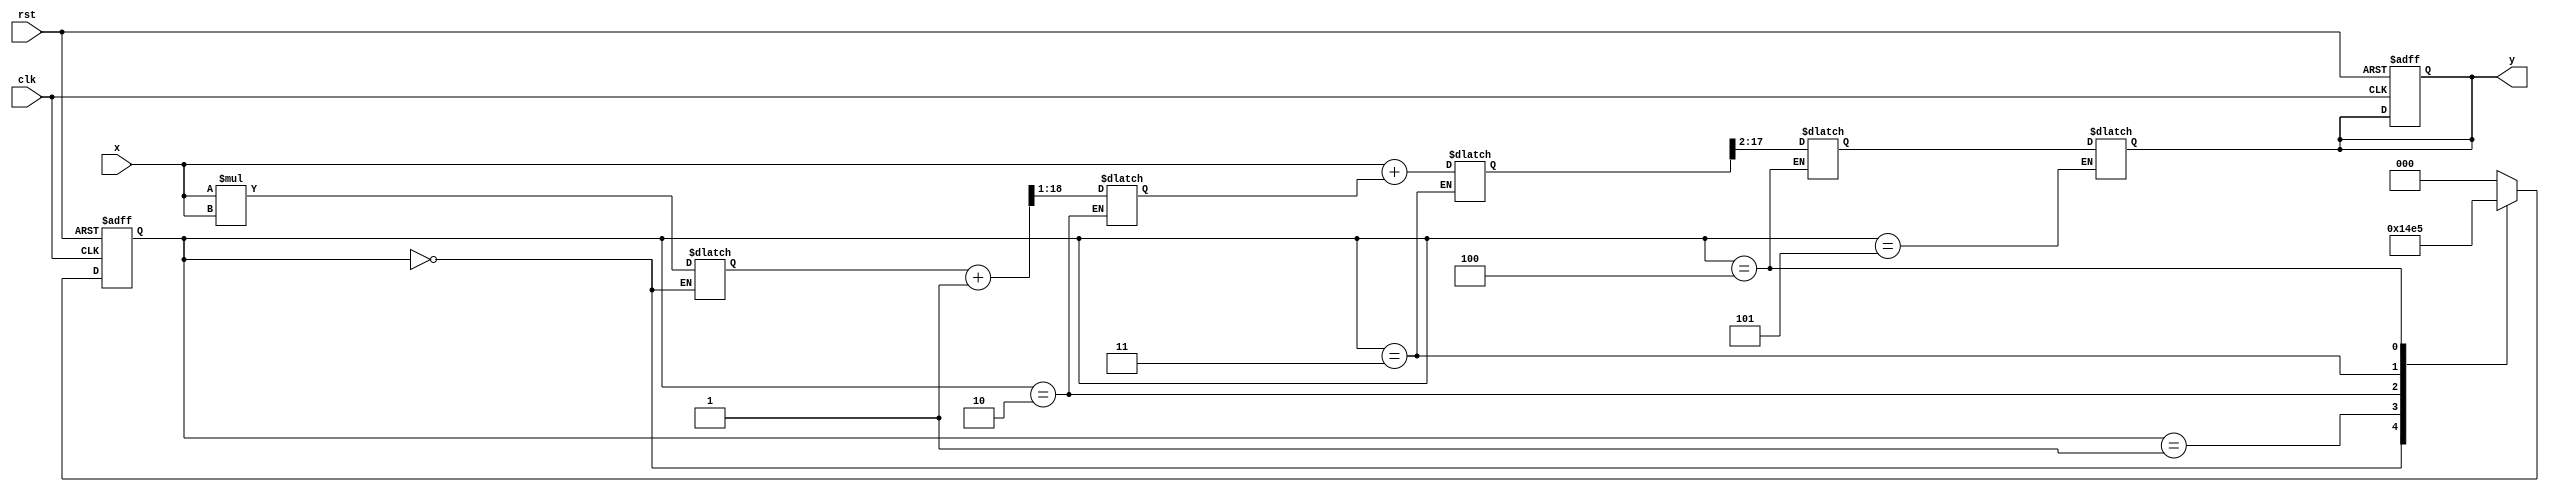
module asinh (
    input signed [15:0] x,          // 16-bit signed fixed-point input
    input clk,
    input rst,
    output reg signed [15:0] y      // 16-bit signed fixed-point output
);

    // Internal signals
    reg signed [31:0] x_squared;     // To hold x^2 (32 bits to avoid overflow)
    reg signed [31:0] sqrt_result;    // Result of square root calculation
    reg signed [31:0] add_result;     // x + sqrt(x^2 + 1)
    reg signed [31:0] log_result;     // Result of logarithm calculation
    reg [2:0] state;                  // FSM state
    reg [2:0] next_state;             // Next FSM state

    // FSM states
    localparam INIT = 3'b000,
               SQUARE = 3'b001,
               SQRT = 3'b010,
               ADD = 3'b011,
               LOG = 3'b100,
               OUTPUT = 3'b101;

    // Sequential logic for FSM
    always @(posedge clk or posedge rst) begin
        if (rst) begin
            state <= INIT;
            y <= 0;
        end else begin
            state <= next_state;
        end
    end

    // Combinational logic for state transitions and outputs
    always @(*) begin
        case (state)
            INIT: begin
                x_squared = x * x; // Calculate x^2
                next_state = SQUARE;
            end

            SQUARE: begin
                next_state = SQRT; // Move to square root calculation
            end

            SQRT: begin
                sqrt_result = sqrt(x_squared + 32'h00000001); // Compute sqrt(x^2 + 1)
                next_state = ADD; // Move to addition
            end

            ADD: begin
                add_result = x + sqrt_result; // Calculate x + sqrt(x^2 + 1)
                next_state = LOG; // Move to logarithm calculation
            end

            LOG: begin
                log_result = log(add_result); // Calculate ln(x + sqrt(x^2 + 1))
                next_state = OUTPUT; // Move to output
            end

            OUTPUT: begin
                y <= log_result[15:0]; // Output the result (ensure proper fixed-point format)
                next_state = INIT; // Reset to initial state
            end

            default: next_state = INIT; // Default to INIT on error
        endcase
    end

    // Square root function (stub for demonstration)
    function signed [31:0] sqrt(input signed [31:0] value);
        // Implement square root calculation (e.g., Newton-Raphson, LUT)
        // This is a placeholder; please replace with actual implementation
        sqrt = (value >> 1); // Approximation (not accurate)
    endfunction

    // Logarithm function (stub for demonstration)
    function signed [31:0] log(input signed [31:0] value);
        // Implement logarithm calculation (e.g., CORDIC, LUT)
        // This is a placeholder; please replace with actual implementation
        log = (value >> 2); // Approximation (not accurate)
    endfunction

endmodule